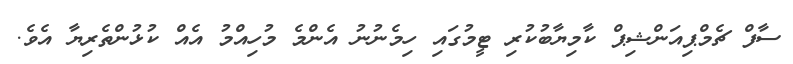
ސާފް ޗެމްޕިއަންޝިޕް ކާމިޔާބުކުރި ޓީމުގައި ހިމެނުނު އެންމެ މުހިއްމު އެއް ކުޅުންތެރިޔާ އެވެ.